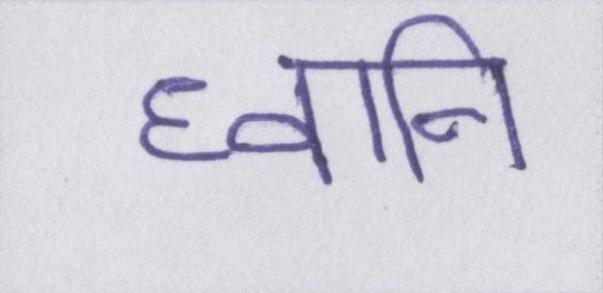
घ्वनि